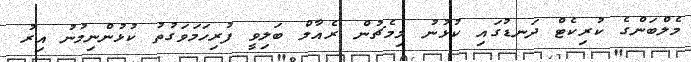
މެލްބަންގެ ކުރިކެޓް ދަނޑުގައި ކުޅުނު މިމެޗުން ރެއާލް ބަލިވީ ފުރިހަމަވަގުތު ކުޅުންނިމުނު އިރު